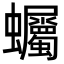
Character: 蠾